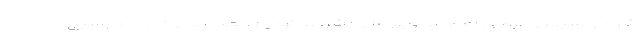
شود و سپس طراحی حمله به ویروس را شروع کردیم، یعنی به راه‌اندازی بسیج